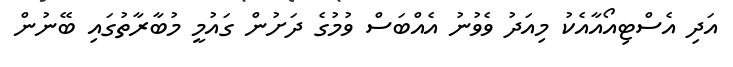
އަދި އެސްޓިއޯއާއެކު މިއަދު ވެވުނު އެއްބަސް ވުމުގެ ދަށުން ގައުމީ މުބާރާތުގައި ބޭނުން